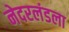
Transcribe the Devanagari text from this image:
नेदरलंडला